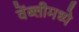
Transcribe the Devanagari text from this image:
वेंब्लीमध्ये